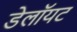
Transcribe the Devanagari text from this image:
डेलॉयट